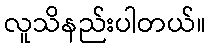
လူသိနည်းပါတယ်။